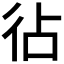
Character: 𢓕